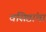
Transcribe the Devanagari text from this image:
वसिष्ठांचा